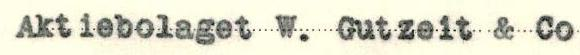
Aktiebolaget W. Gutzeit & Co